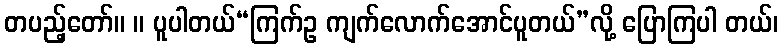
တပည့်တော်။ ။ ပူပါတယ်“ကြက်ဥ ကျက်လောက်အောင်ပူတယ်”လို့ ပြောကြပါ တယ်၊